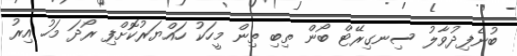
ބުނެފިދުވާލު ސިނގިރޭޓް ބޯން ތިބި ތިން މީހަކު ހައްޔަރުކޮށްފި ރޯދަ މަހު އިރު